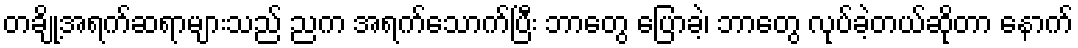
တချို့အရက်ဆရာများသည် ညက အရက်သောက်ပြီး ဘာတွေ ပြောခဲ့၊ ဘာတွေ လုပ်ခဲ့တယ်ဆိုတာ နောက်